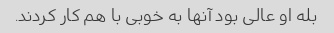
بله او عالی بود آنها به خوبی با هم کار کردند.